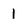
Character: 1